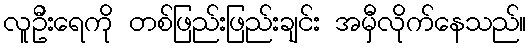
လူဦးရေကို တစ်ဖြည်းဖြည်းချင်း အမှီလိုက်နေသည်။